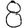
Digit: 8